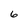
Character: 6